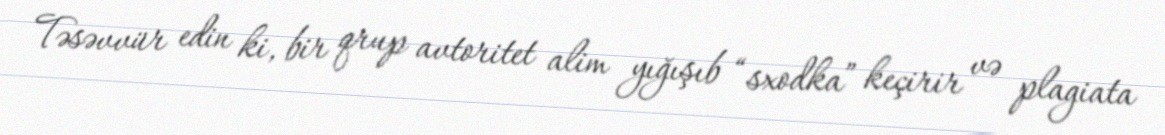
Təsəvvür edin ki, bir qrup avtoritet alim yığışıb “sxodka” keçirir və plagiata